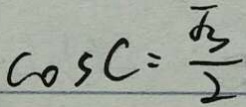
\cos C = \frac { \sqrt { 3 } } { 2 }